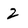
Character: 2